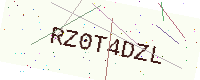
Text: RZ0T4DZL